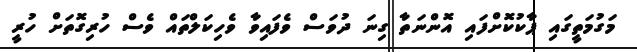
މަގުމަތީގައި ޕާކުކޮށްފައި އޮންނަތާ ގިނަ ދުވަސް ވެފައިވާ ވެހިކަލްތައް ވެސް ހުރިގޮތަށް ހުރީ